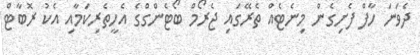
ދެވަނަ ހާފް ފެށިގެން މިނެޓެއް ތެރޭގައި ޖެރޯމް ބޯޓެންގްގެ އެހީތެރިކަމާއި އެކު ރޮބާޓް